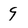
Character: 9